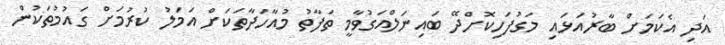
އަދި އެކަމަށް ބާރުއަޅައި މަގުފަހިކޮށްދޭ ބައިނަލްއަގުވާމީ ތަފާތު މުއާހަދާތަކަށް އަމަލު ކުރުމަށް ގައުމުތަކުން